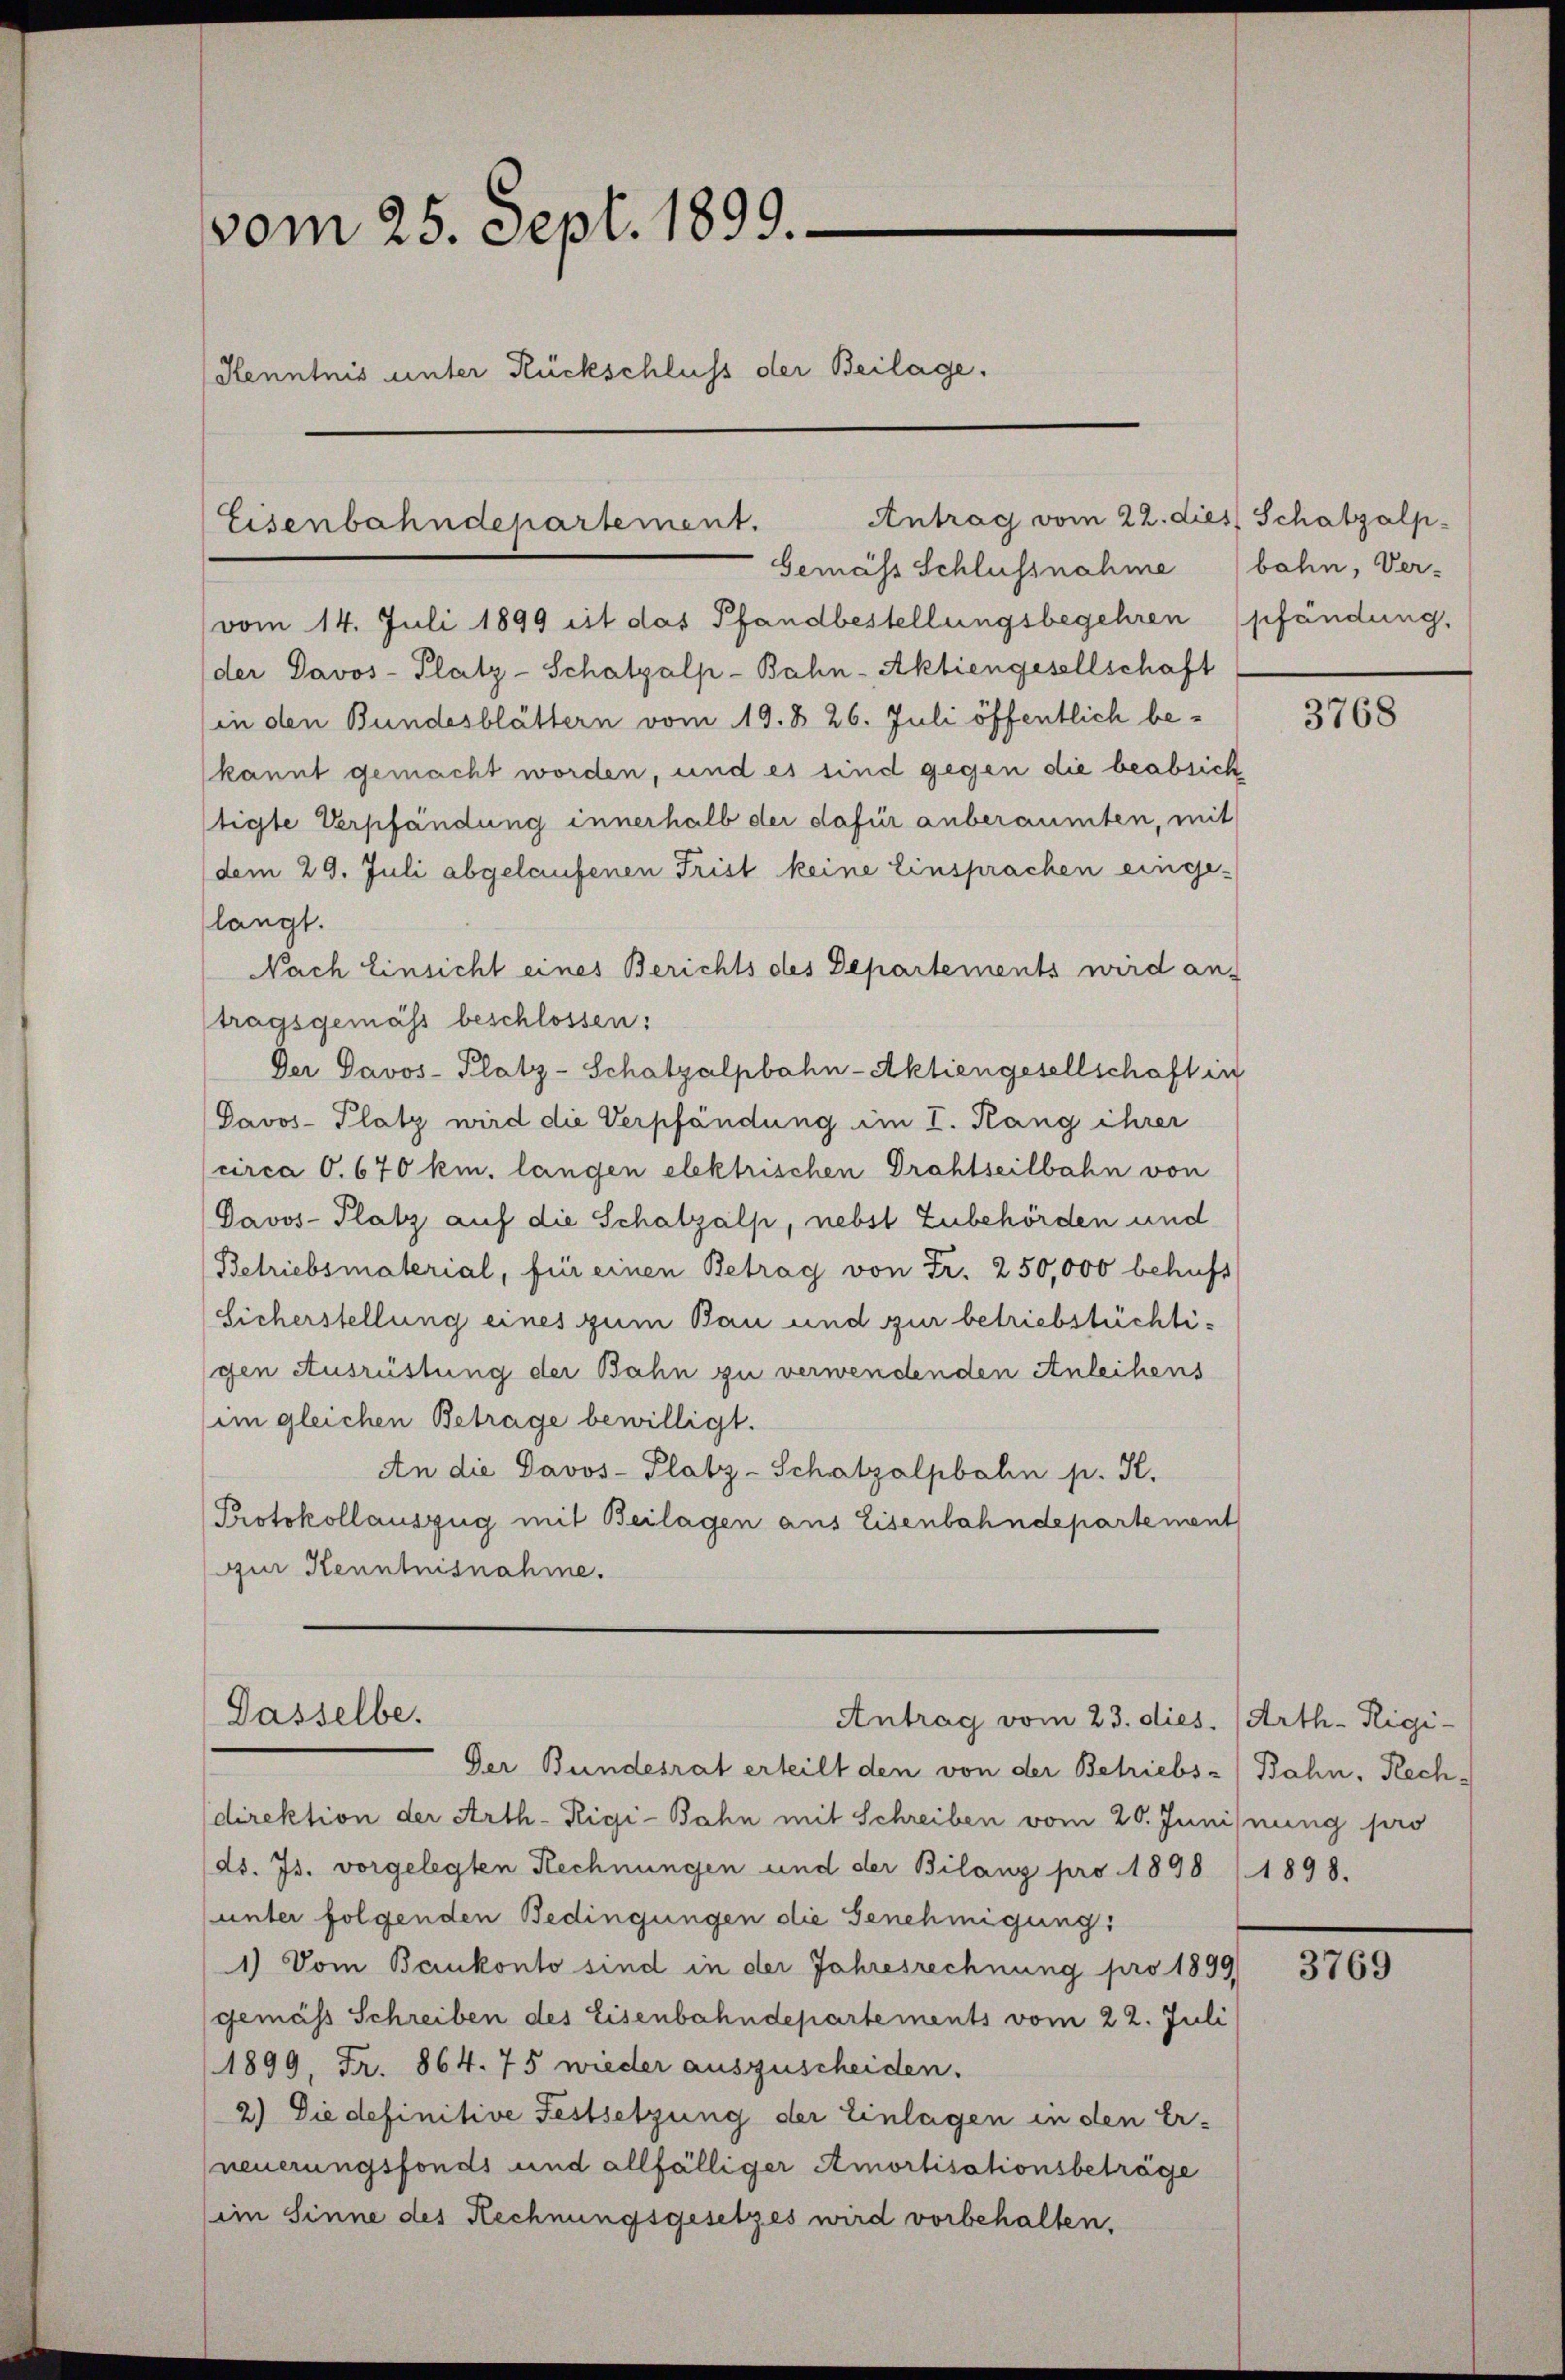
vom 25. Sept. 1899.
Kenntnis unter Rückschluss der Beilage.

Antrag vom 22. di
Eisenbahndepartement.
Gemäss Schlussnahme

vom 14. Juli 1899 ist das Pfandbestellungsbegehren (pfändung,
der Davos- Platz-Schatzálp-Bahn-Aktiengesellschaft
(in den Bundesblättern vom 19. d. 26. Juli öffentlich be¬
(kannt gemacht worden, und es sind gegen die beabsicht
tigte Verpfändung innerhalb der dafür anberaumten, mit
(dem 29. Juli abgelaufenen Frist keine Einsprachen einge-
langt.
Nach Einsicht eines Berichts des Departements wird an-
tragsgemäss beschlossen:
Der Davos- Platz-Schatzalpbahn-Aktiengesellschaft in
Davos- Platz wird die Verpfändung im I. Rang ihrer
circa O. 670 km. langen elektrischen Drahtseilbahn von
Davos- Platz auf die Schatzálp, nebst Zubehörden und
(Betriebsmaterial, für einen Betrag von Fr. 250,000 behufs
Sicherstellung eines zum Bau und zur betriebstüchtigen Ausrüstung der Bahn zu verwendenden Anleihens
im gleichen Betrage bewilligt.
An die Davos- Platz-Schatzalpbahn p. St.
Protokollauszug mit Beilagen aus Eisenbahndepartement
ur Kenntnisnahme.

Dasselbe.
Antrag vom 23. dies. (Arth. Rigi-

Der Bundesrat erteilt den von der Betriebs-) Bahn, Rechdirektion der Arth-Rigi-Bahn mit Schreiben vom 20. Junisnung pro
ds. Js. vorgelegten Rechnungen und der Bilanz pro 1898 (1898.
unter folgenden Bedingungen die Genehmigung:
1) Vom Baukonto sind in der Jahresrechnung pro 1899
gemäss Schreiben des Eisenbahndepartements vom 22. Juli
1899 Fr. 864. 75 wieder auszuscheiden.
2) Die definitive Festsetzung der Einlagen in den Er-
neuerungsfonds und allfälliger Amortisationsbeträge
im Sinne des Rechnungsgesetzes wird vorbehalten.

es Schatzalp.
bahn, Ver-

3768

3769